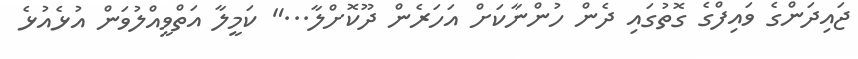
ޖައިދަންގެ ވައިފްގެ ގޮތުގައި ދެން ހުންނާކަށް އަހަރެން ދޫކޮށްލާ..." ކަމީލާ އަތްވީއްލުވަން އުޅެއުޅެ